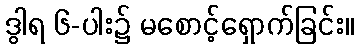
ဒွါရ ၆-ပါး၌ မစောင့်ရှောက်ခြင်း။